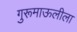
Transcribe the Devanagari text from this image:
गुरूमाऊलीला